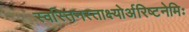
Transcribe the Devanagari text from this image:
स्वस्तिनस्ताक्ष्योर्अरिष्टनेमिः